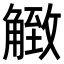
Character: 𧤡